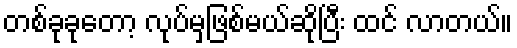
တစ်ခုခုတော့ လုပ်မှဖြစ်မယ်ဆိုပြီး ထင် လာတယ်။